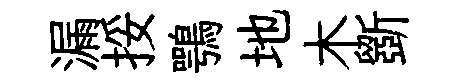
漏挼鶚地木斵